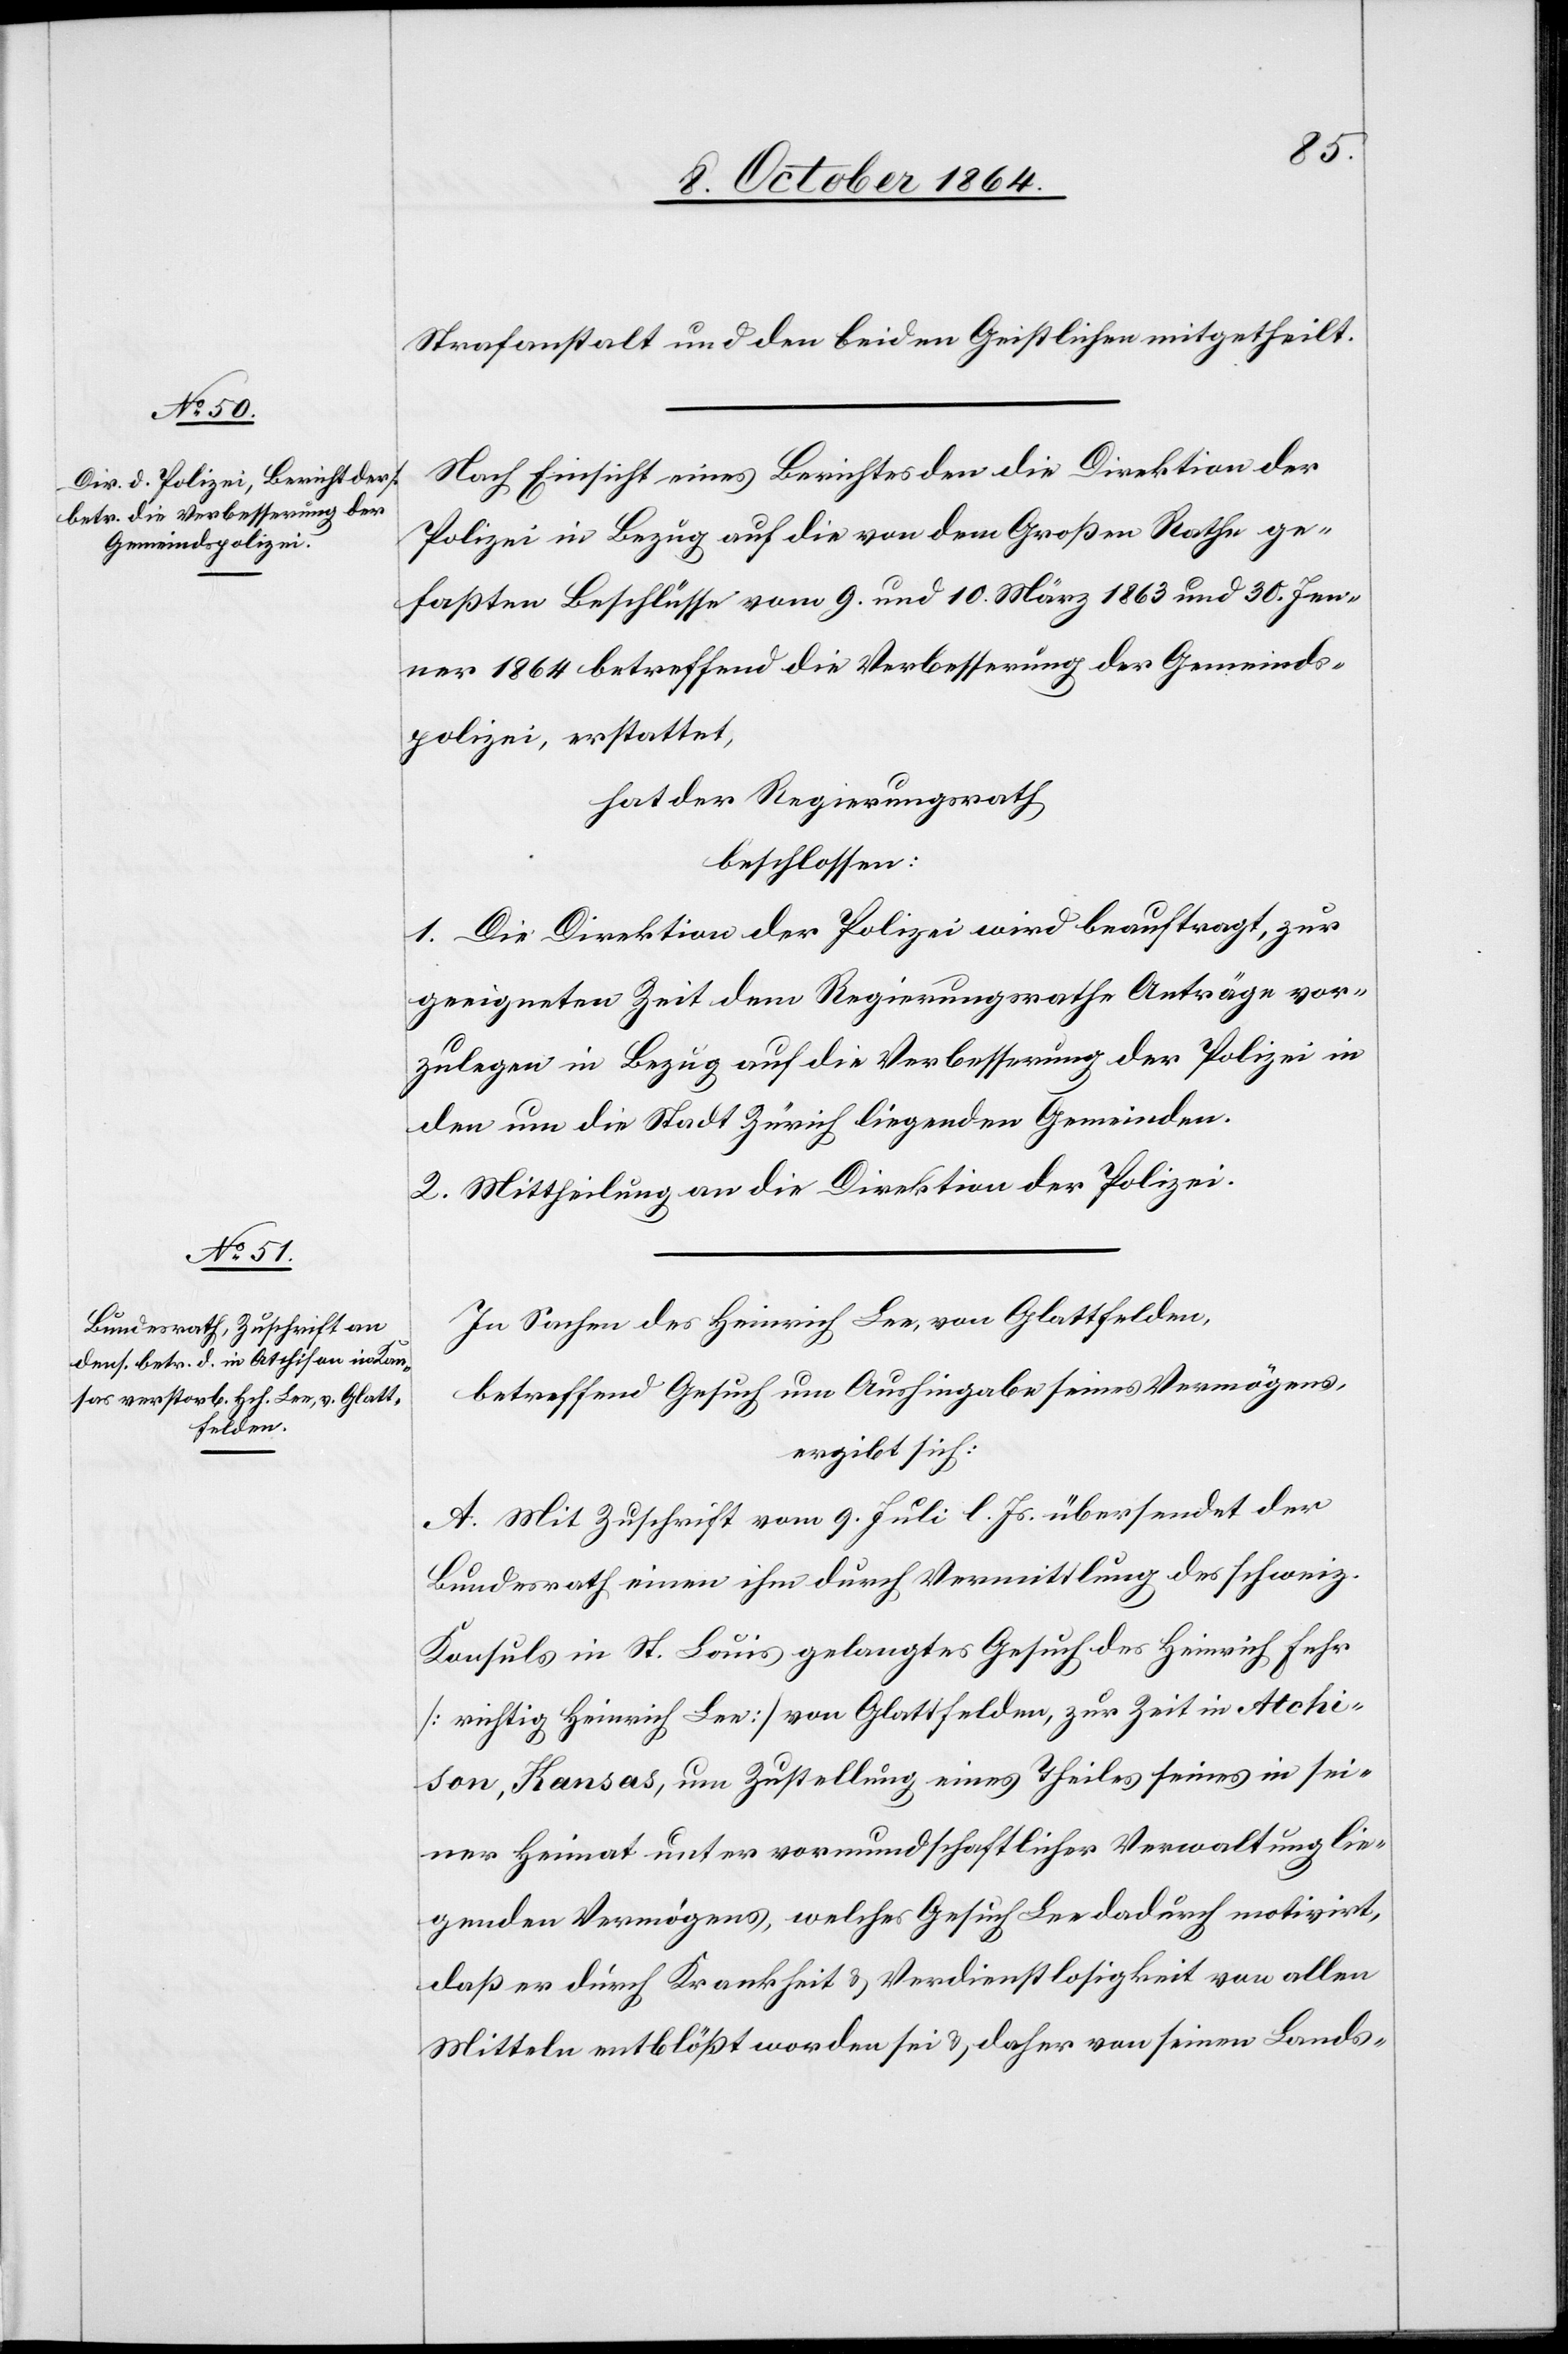
Strafanstalt und den beiden Geistlichen mitgetheilt.
Nach Einsicht eines Berichtes den die Direktion der
Polizei in Bezug auf die von dem Großen Rathe ge¬
faßten Beschlüsse vom 9. und 10. März 1863 und 30. Jen¬
ner 1864 betreffend die Verbesserung der Gemeinds¬
polizei, erstattet,
hat der Regierungsrath
beschlossen:
1. Die Direktion der Polizei wird beauftragt, zur
geeigneten Zeit dem Regierungsrathe Anträge vor¬
zulegen in Bezug auf die Verbesserung der Polizei in
den um die Stadt Zürich liegenden Gemeinden.
2. Mittheilung an die Direktion der Polizei.
In Sachen des Heinrich Lee, von Glattfelden,
betreffend Gesuch um Aushingabe seines Vermögens,
ergibt sich:
A. Mit Zuschrift vom 9. Juli l. Js. übersendet der
Bundesrath einen [sic!] ihm durch Vermittlung des schweiz.
Konsuls in St. Louis gelangtes Gesuch des Heinrich Fehr
[richtig Heinrich Lee] von Glattfelden, zur Zeit in Atchi¬
son, Kansas, um Zustellung eines Theiles seines in sei¬
ner Heimat unter vormundschaftlicher Verwaltung lie¬
genden Vermögens, welches Gesuch Lee dadurch motivirt,
daß er durch Krankheit & Verdienstlosigkeit von allen
Mitteln entblößt worden sei & daher von seinen Lands-